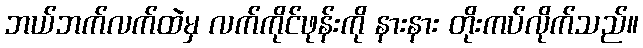
ဘယ်ဘက်လက်ထဲမှ လက်ကိုင်ဖုန်းကို နားနား တိုးကပ်လိုက်သည်။